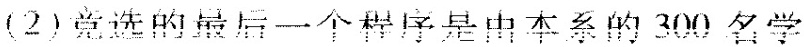
（ 2 ）竞选的最后一个程序是由本系的 300 名学